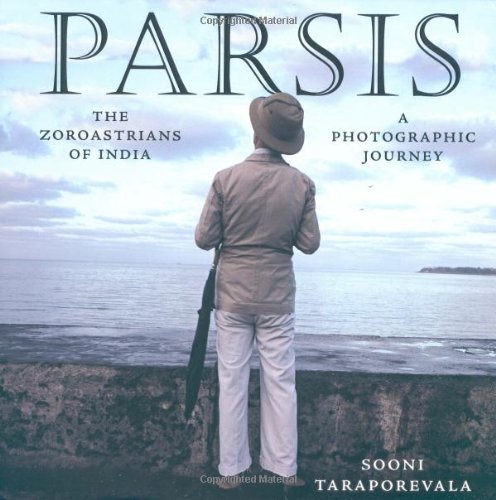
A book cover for Parsis: The Zoroastrians of India: A PHOTOGRAPHIC JOURNEY; Sooni Taraporevala; Religion & Spirituality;